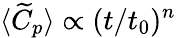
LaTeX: \langle\widetilde{C}_{p}\rangle\propto(t/t_{0})^{n}